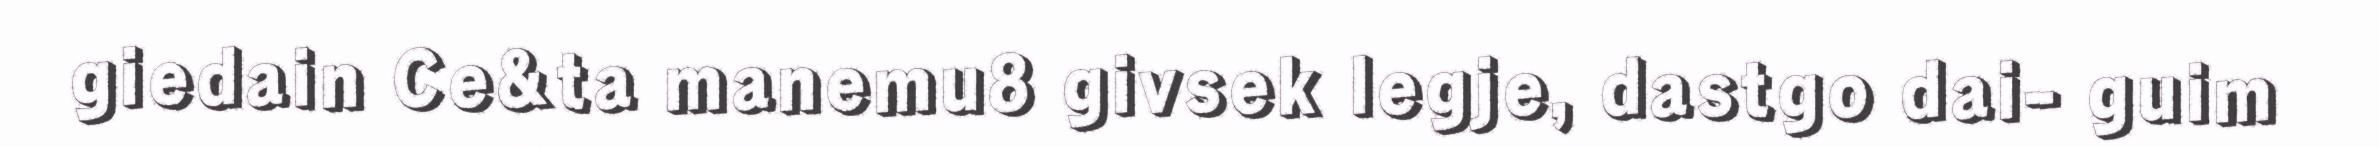
giedain Ce&ta manemu8 givsek legje, dastgo dai- guim